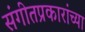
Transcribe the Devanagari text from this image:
संगीतप्रकारांच्या